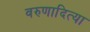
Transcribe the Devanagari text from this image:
वरुणादित्या